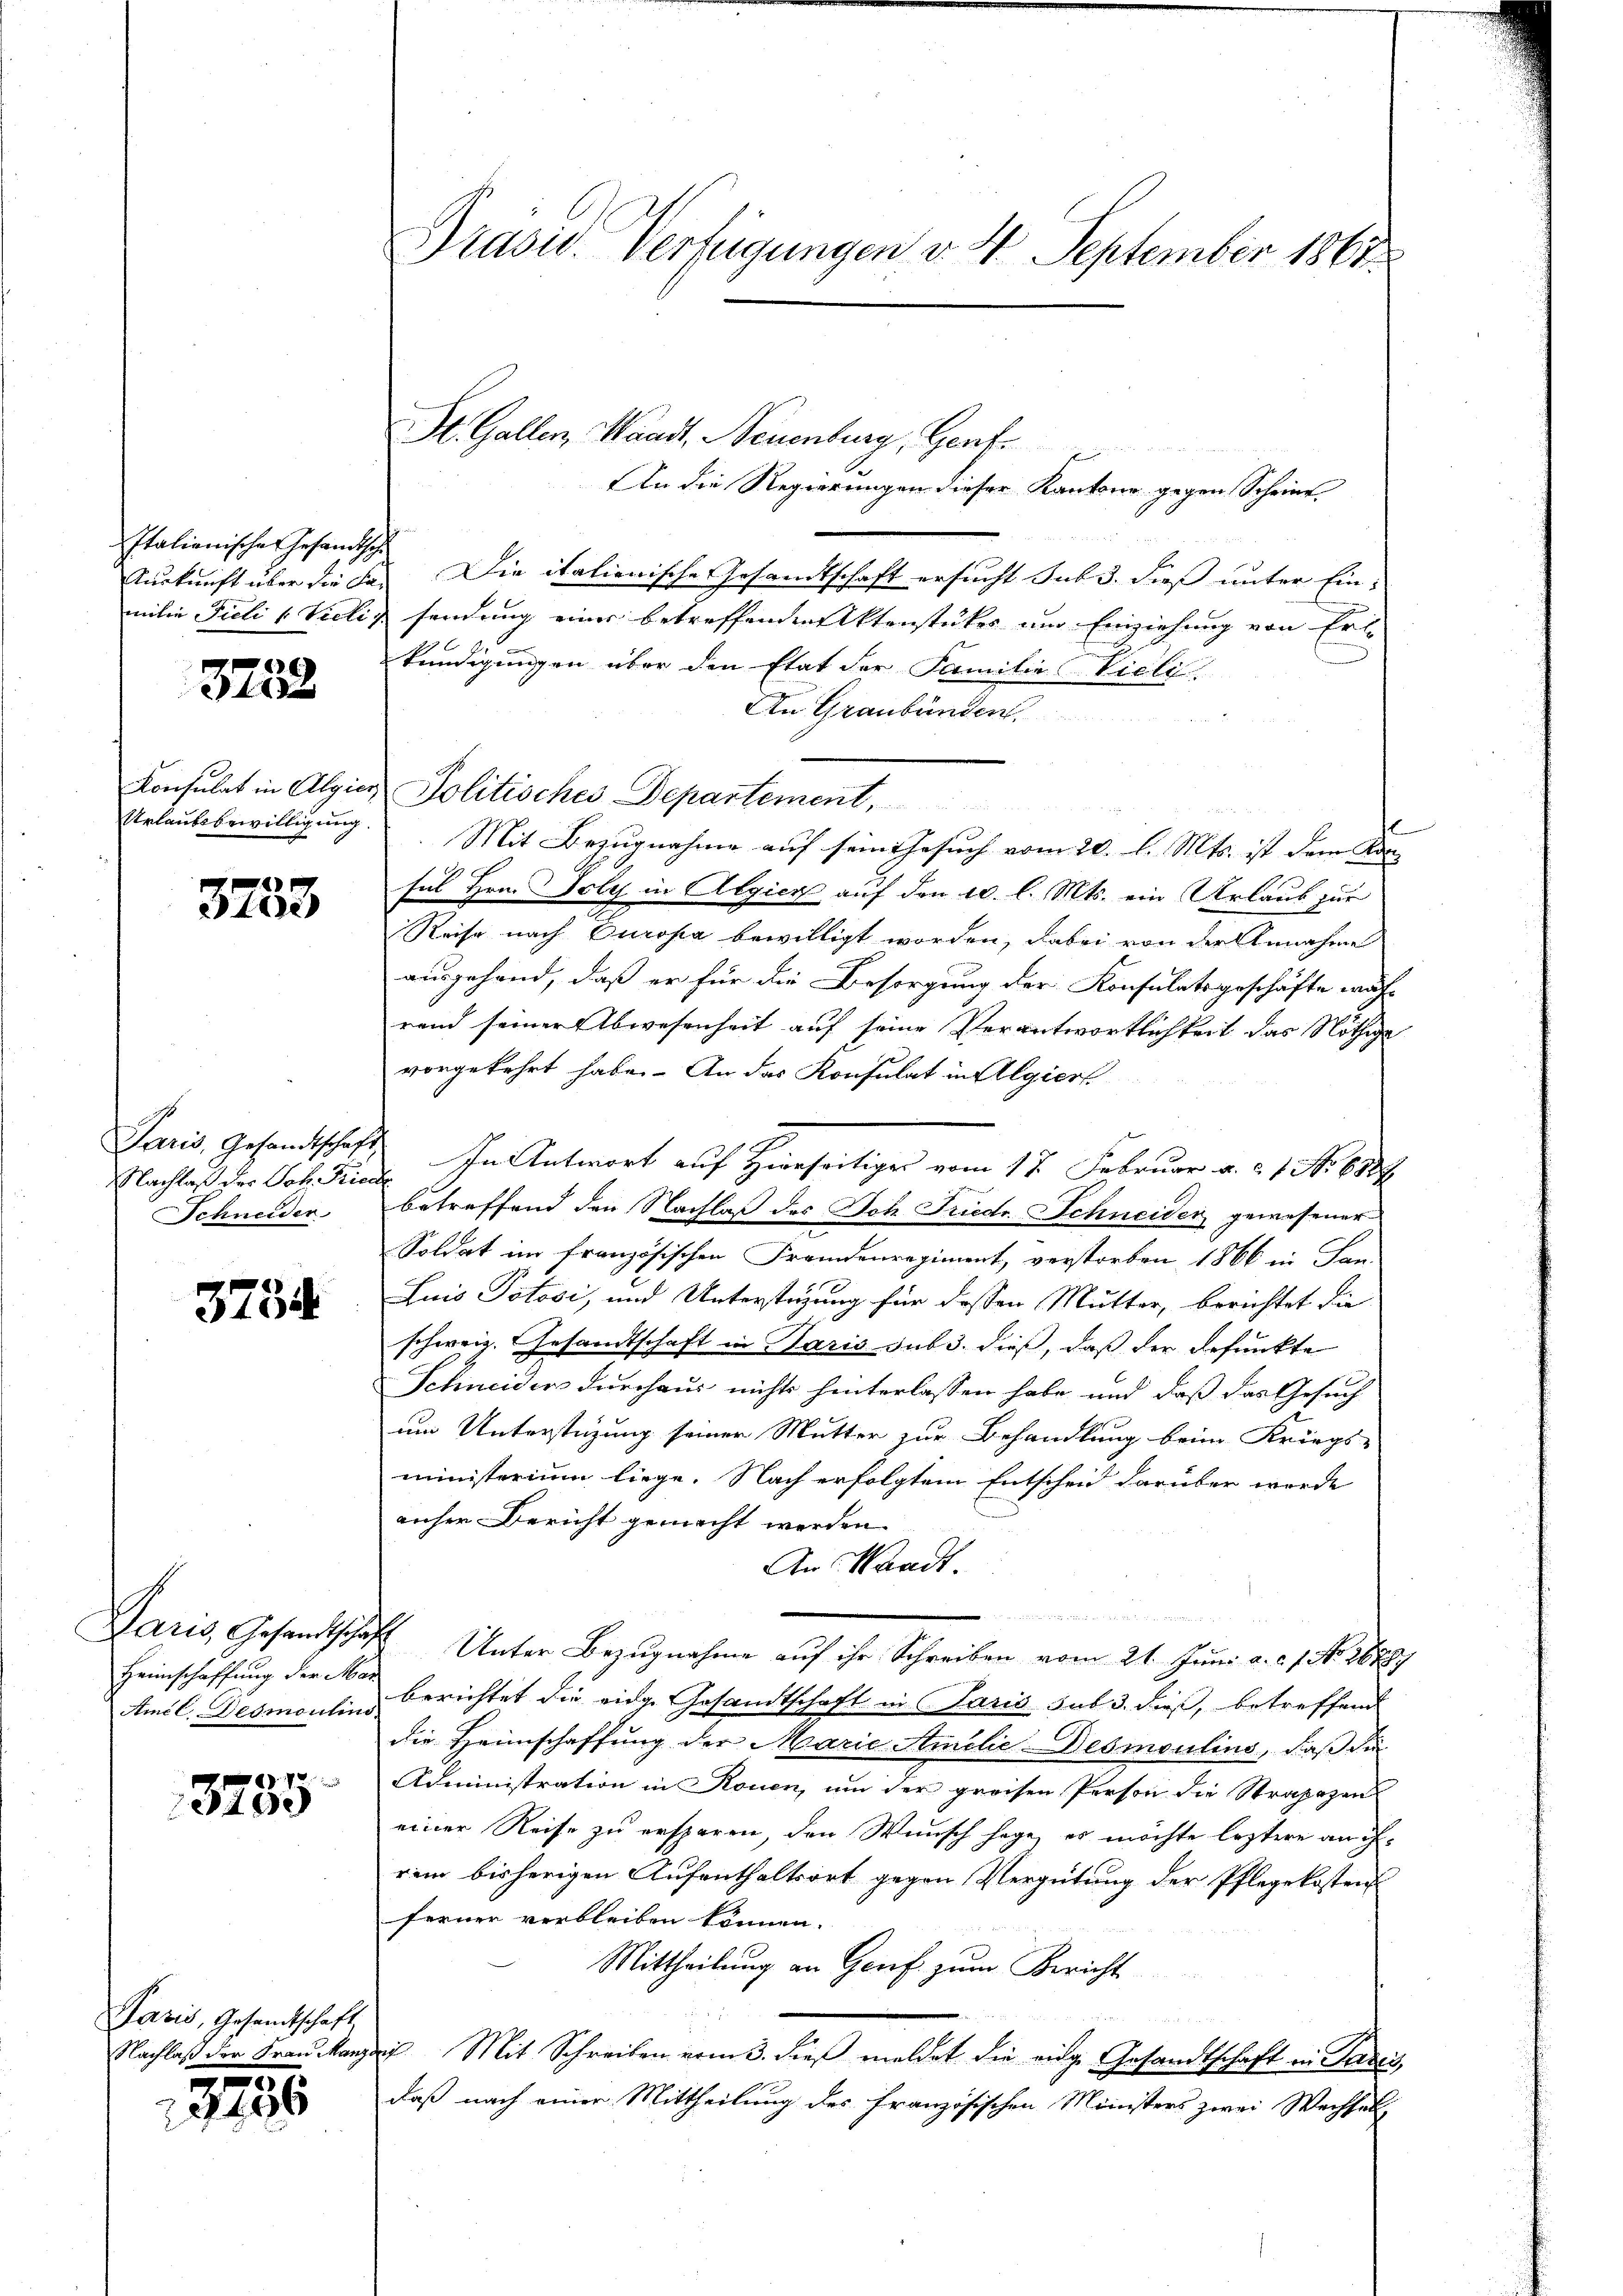
Italienisches Gesandtsche

3758

)
e

NNachlaß des Joh. Friede
Schneider

3734

Heimschaffung der Mar

190

Pavis, Gesandtschaft

3235

An die Regierungen dieser Kantone gegen Scheint
Auskunft über die Fa. Die italienische Gesandtschaft ersucht sub 3. dieß unter Ein-
milie Fieli (Vieli sendung einer betreffenden Aktenstückes um Einziehung von Erl
kündigungen über den Etat der Familie Vieli
An Graubünden.
Konsulat in Algien Politisches Departement,
E
Urlaŭbsbewilligŭng. Mit Bezugnahme auf sein Gesuch vom 20. l. Mts. ist dem Kansul Hrn. Joly in Algier auf den 10. l. Mts. ein Urlaub zur
Reise nach Europa bewilligt worden, dabei von der Annahme
ausgehand, daß er für die Besorgung der Konsulatsgeschäfte wäh-
rand seiner Abwesenheit auf seine Verantwortlichkeit das Nöthige
vorgekehrt habe. An das Konsulat in Algiert
Paris, Gesandtschaft in Antwort auf Hierseitiger vom 17. Februar v. a. 1. No 6387
betreffend den Nachlaß des Joh. Friedr. Schneider gewesener
Soldat im französischen Fremdenregiment, verstorben 1866 in Jan.
Luis Potosi, und Unterstigung für dessen Mutter, berichtet die
schweiz. Gesandtschaft in Paris sub 3. dieß, daß der Befunkte
Schneider durchaus nichts hinterlassen habe und daß das Gesuch
um Unterstüzung seiner Mutter zur Behandlung beim Kriegs-
ministerium liege. Nach erfolgtem Entscheid darüber wurde
anher Bericht gemacht werden.
An Waadt.
 ellen den wird er und der oder meinen
Paris, Gesandtschaft Unter Bezugnahme auf ihr Schreiben vom 21. Juni a. c. 1. No. 18887
Amil. Desmoulins Berichtet die eidg. Gesandtschaft in Paris sub 3. dieß, betreffend
die Heimschaffung der Marie Amilie-Desmoulins, daß die
Administration in Rouen, um der grossen Person die Strapazen
einer Reise zu ersparen, den Wunsch sage, es möchte leztere an ihrem bisherigen Aufenthaltsort gegen Vergütung der Pflegekostens
ferner verbleiben können.
Mittheilung an Gerif zum Bericht
Nachlaß der Frau Manze Mit Schreiben vom 3. dieβ meldet die eidge Gesandtschaft in Paris,
daß nach einer Mittheilung des französischen Ministers zwei Wechsel

Präsid. Verfügungen v. 4. September 1867.

St. Gallen, Waadt, Neuenburg, Genf.